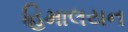
હિમાલયન